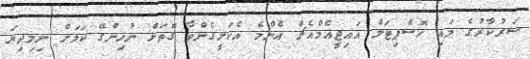
ސަރުކާރުގެ މައި ހޮސްޕިޓަލް އައިޖީއެމްއެޗް އެންމެ އެކަށީގެންވާ ގޮތަށް ނުހިންގޭ ކަމަށް ނިމިދިޔަ